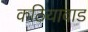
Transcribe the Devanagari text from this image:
कठियावाड